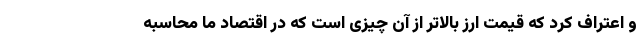
و اعتراف کرد که قیمت ارز بالاتر از آن چیزی است که در اقتصاد ما محاسبه